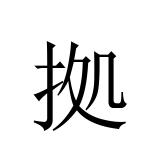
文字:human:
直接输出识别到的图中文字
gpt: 拠